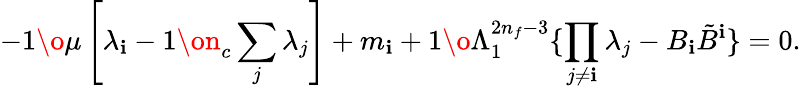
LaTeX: -{1\o\mu}\left[\lambda_{\mathbf{i}}-{1\on_{c}}\sum_{j}\lambda_{j}\right]+m_{\mathbf{i}}+{1\o\Lambda_{1}^{2n_{f}-3}}\{ \prod_{j\ne\mathbf{i}}\lambda_{j}-B_{\mathbf{i}}{\tilde{{B}}}^{\mathbf{i}}\} =0.